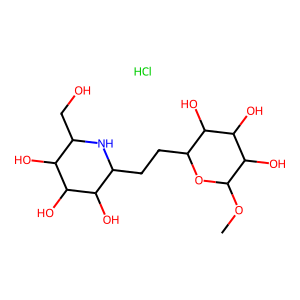
SMILES: COC1OC(CCC2NC(CO)C(O)C(O)C2O)C(O)C(O)C1O.Cl
Inhibits HIV replication: No